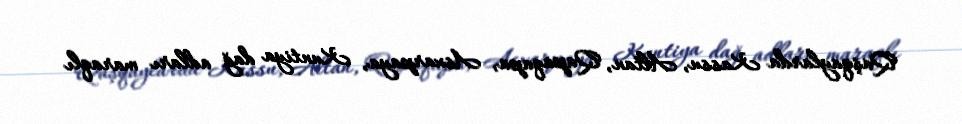
Qaşqaylarda Kassu, Altan, Qapaqapa, Asxarpaya, Kuntiya dağ adları maraqlı